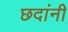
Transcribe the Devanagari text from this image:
छदांनी